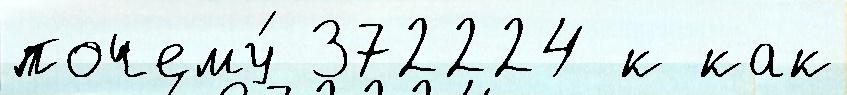
почему́ 372224 к как